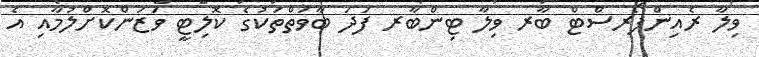
ވިލާ ރެއިންފޯރސްޓް ބާރ ވިލާ ޓިންބާރ ފަދަ ބާވަތްތަކުގެ ކޮލިޓީ ވަޒަންކޮށްލުމާއި އެ